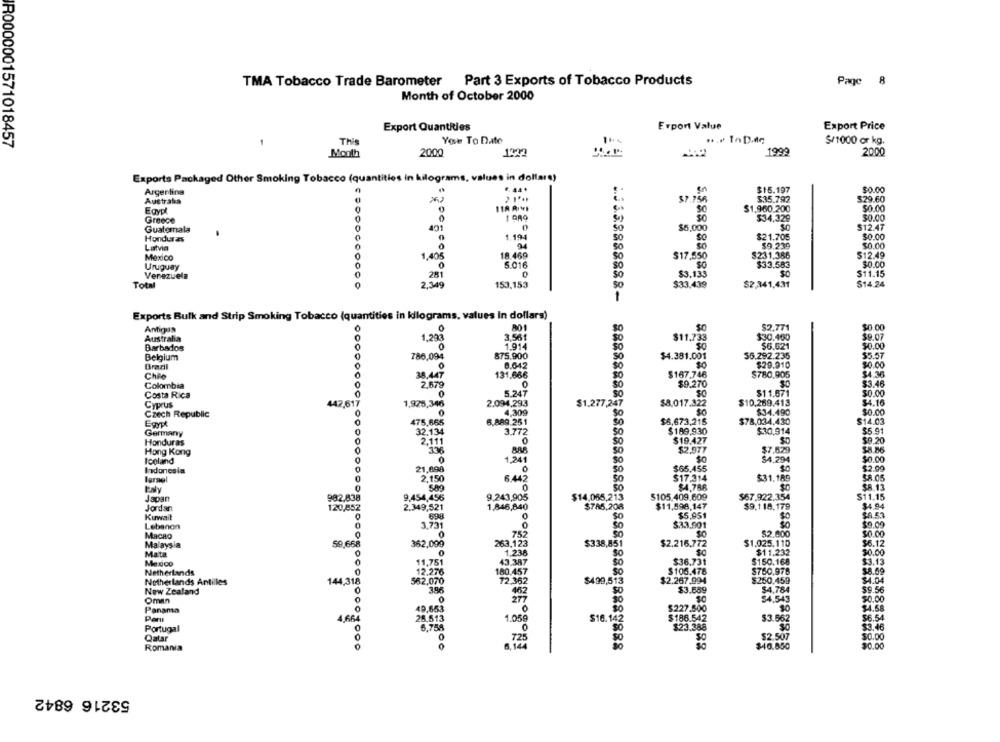
TMA Tobacco Trade Barometer Part 3 Exports of Tobacco Products
Page 8
Month of October 2000
Export Quantities
Erport Value
Export Price
1
This
You To Date
S/1000 or kg.
R0000001571018457
Month
2000
1999
2000
Exports Packaged Other Smoking Tobacco (quantities in kilograms, values in dollare)
Argentina
£ 44 .
$16.197
$0.00
Australia
$35.792
$29.60
11A PINI
$1,960.200
30.00
Egypl
Greece
$34,329
$0.00
Guatemala
491
0
$5,000
$12.47
Honduras
1.194
$21.705
$0.00
94
$9.239
Latvia
50
Mexico
0
1,405
18.469
$17,850
$231.386
$12.49
Uruguay
5.016
$33,583
$0.00
Venezuela
28
0
83. 135
$11.15
Total
2,349
153,153
$2,341,431
$14.24
Exports Bulk and Strip Smoking Tobacco (quantities in kilograms, values In dollars)
$2.771
$0.00
Antigua
Australia
1,298
3.561
$11.733
$30.460
$9.07
Barbados
1.914
$6.521
$0.00
Belgium
786,094
875.900
$4.381.001
$5.292.235
$5.57
8.642
$29.910
$0.00
Brazil
Chile
38.447
OMOTOL
131,666
$167.746
$780,905
$4 36
Colombia
0
2,679
0
SO
$9.270
$3.46
Costa Rica
0
$11.671
$0.00
Cyprus
442,617
1,925,346
2.094,293
$1.277,247
$8.017.322
$10.269.413
$4.16
Czech Republic
0
0
$34.490
$0.00
475,665
6.889.251
$6,673,215
$78,034,430
$14.03
0
32,134
$189,930
$30,914
$5.91
Germany
Honduras
2,111
$19.427
$9.20
Hong Kong
336
$7.629
$8.86
Iceland
0
1.241
34.294
$0.00
21,898
$65.455
$0
$2.99
Indonesia
0
SO
Israel
0
2.150
6.42
$17.314
$31.189
ENly
589
0
58 13
Japan
982.838
9,454,456
9.243,905
$14.065,213
$105,409.609
$67.922.354
$11.15
$11,598,147
Jordan
120,852
2.349,521
1,846,840
$785,208
$9,118,179
$4.94
Kuwait
0
$5,951
$0
Lebanon
0
3,731
$33.901
$0
$9.09
MACRO
752
$2.000
$0.00
Malaysia
362,099
263,123
$338,851
$2.216,772
$1.025.110
$6.12
Mata
0
1.238
SO
$11.232
30.00
Mexico
11,751
43.387
50
$36.731
$150.168
$3.13
Netherlands
0
12.276
180.457
$750.975
$8.59
562,070
$250.459
$4.04
Netherlands Antilles
72.362
$499,513
$2.267.994
New Zealand
0
3.96
$3.689
$4,784
59.56
Oman
50
34,543
$0.00
Panama
49,653
$227.500
90
$6.54
Per
4,664
25.513
1.059
$16.142
$186.542
$3.562
Portugal
0
6.758
0
$23.388
Qatar
0
725
$2.507
$0.00
6, 144
SO
$40.850
90.00
Romania
53216 6842